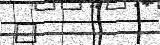
"